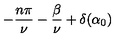
- \frac { n \pi } { \nu } - \frac { \beta } { \nu } + \delta ( \alpha _ { 0 } )